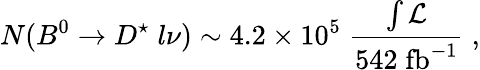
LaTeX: N(B^{0}\rightarrow D^{\star}\; l\nu)\sim 4.2\times 10^{5}\; {\frac{\int\cal{L}}{542\; \mathrm{fb}^{-1}}}\; ,